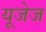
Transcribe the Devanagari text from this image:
यूजेज